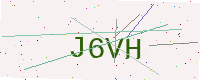
Text: J6VH